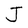
Character: J